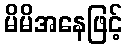
မိမိအနေဖြင့်